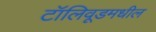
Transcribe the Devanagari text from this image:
टॉलिवूडमधील